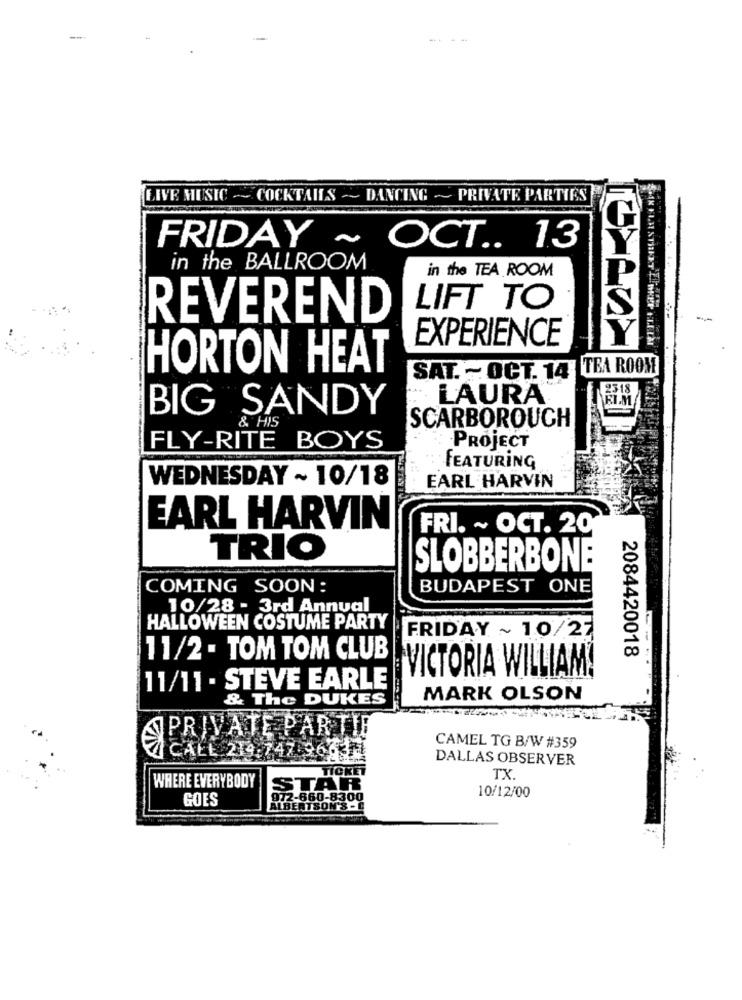
--
LIVE MUSIC ~~ COCKTAILS ~~ DANCING ~~ PRIVATE PARTIES
FRIDAY ~
OCT .. 13
in the BALLROOM
in the TEA ROOM
P
LIFT TO
REVEREND
EXPERIENCE
HORTON HEAT
SAT. - OCT. 14 TEA ROOM
2318
LAURA
BIG SANDY
Ri.M
& HIS
SCARBOROUGH
FLY-RITE BOYS
PROJECT
FEATURING
WEDNESDAY ~ 10/18
EARL HARVIN
EARL HARVIN
FRI. ~ OCT. 20
TRIO
SLOBBERBONE
COMING SOON:
BUDAPEST ONE
10/28 - 3rd Annual
HALLOWEEN COSTUME PARTY
FRIDAY ~ 10/27
11/2 - TOM TOM CLUB
2084420018
VICTORIA WILLIAM!
11/11 - STEVE EARLE
& The DUKES
MARK OLSON
PRIVATE PARTIE
CAMEL TG B/W #359
CALL 219.747-96634
DALLAS OBSERVER
WHERE EVERYBODY
TICKET
TX.
STAR
GOES
2-660-8300
10/12/00
LBERTSON'S-